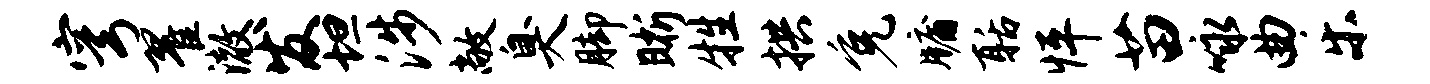
穹翟澈发坦涉敞臭脚晰牲拱免牖聒怦苗咏曲乐